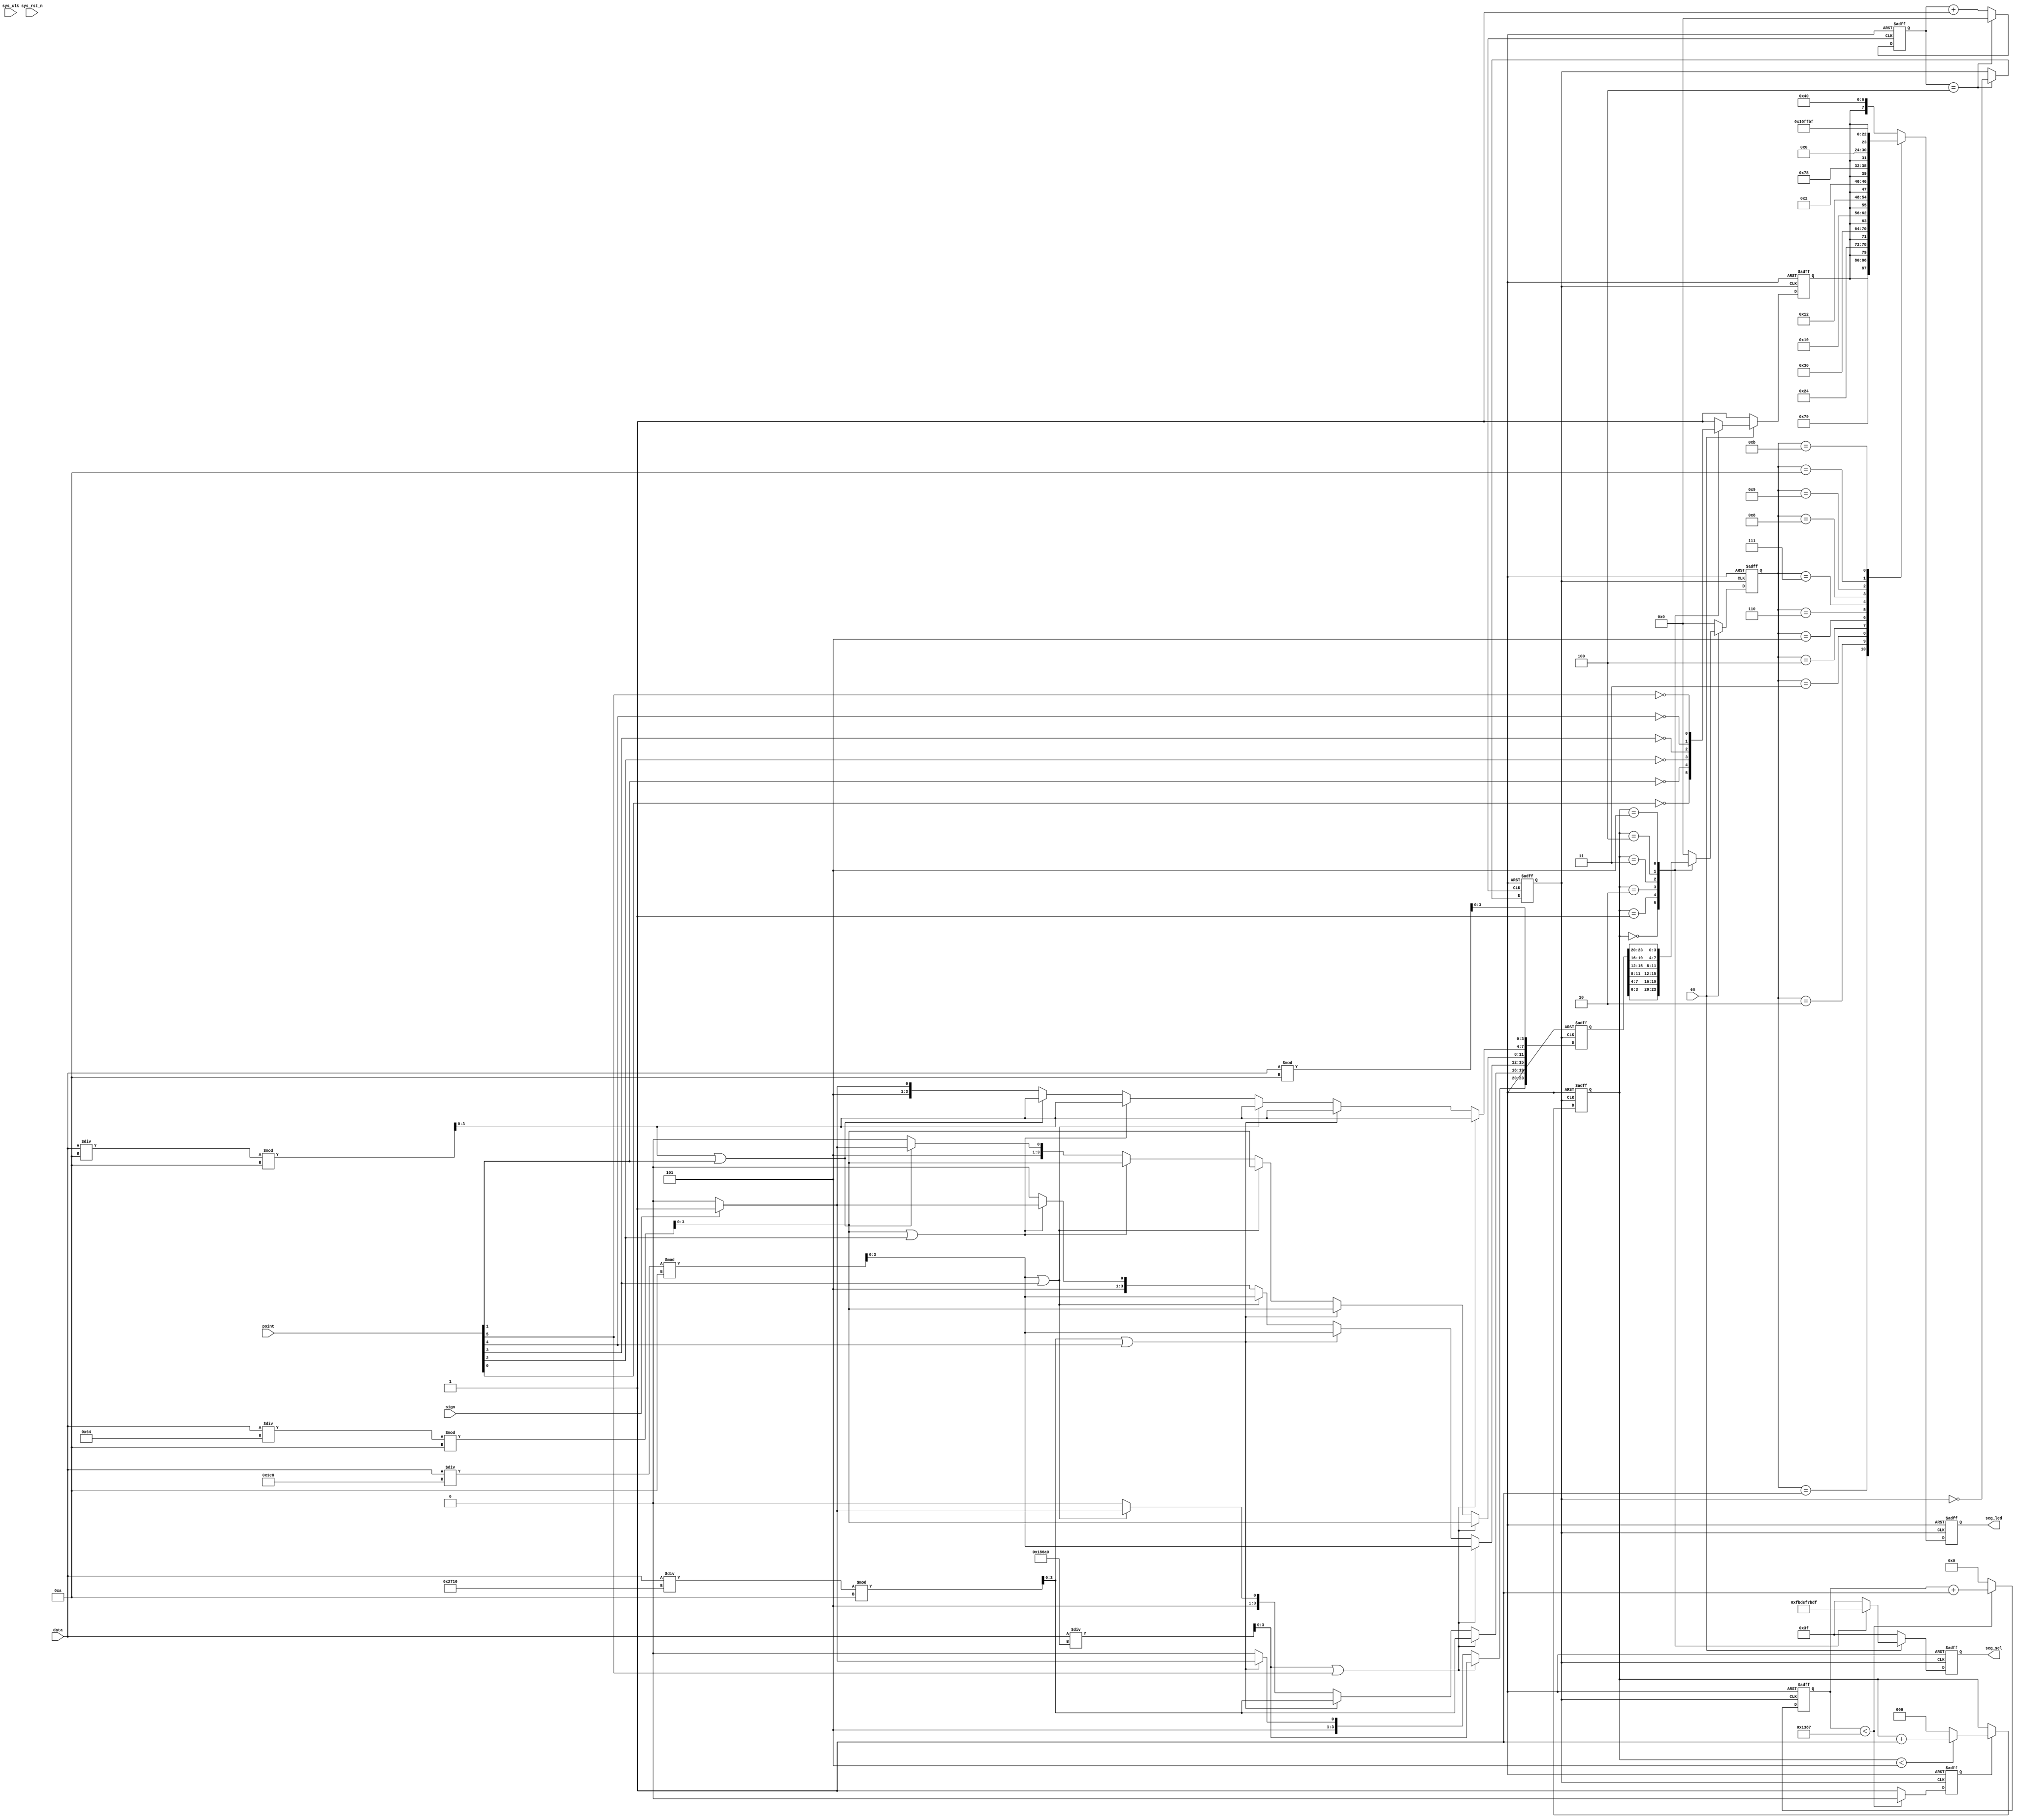
module seg_led_dec(
  input sys_clk,
  input sys_rst_n,
  
  output reg  [5:0]     seg_sel,
  output reg  [7:0]     seg_led,

    input         [19:0]    data   ,        // 6位数码管要显示的数值
    input         [5:0]     point  ,        // 小数点具体显示的位置,从高到低,高电平有效
    input                   en     ,        // 数码管使能信号
    input                   sign           // 符号位（高电平显示“-”号）

    );

//parameter define
localparam  CLK_DIVIDE = 4'd10     ;        // 时钟分频系数
localparam  MAX_NUM    = 13'd5000  ;        // 对数码管驱动时钟(5MHz)计数1ms所需的计数值

//reg define
reg    [ 3:0]             clk_cnt  ;        // 时钟分频计数器
reg                       dri_clk  ;        // 数码管的驱动时钟,5MHz
reg    [23:0]             num      ;        // 24位bcd码寄存器
reg    [12:0]             cnt0     ;        // 数码管驱动时钟计数器
reg                       flag     ;        // 标志信号（标志着cnt0计数达1ms）
reg    [2:0]              cnt_sel  ;        // 数码管位选计数器
reg    [3:0]              num_disp ;        // 当前数码管显示的数据
reg                       dot_disp ;        // 当前数码管显示的小数点

//wire define
wire   [3:0]              data0    ;        // 个位数
wire   [3:0]              data1    ;        // 十位数
wire   [3:0]              data2    ;        // 百位数
wire   [3:0]              data3    ;        // 千位数
wire   [3:0]              data4    ;        // 万位数
wire   [3:0]              data5    ;        // 十万位数

//*****************************************************
//**                    main code
//*****************************************************

//提取显示数值所对应的十进制数的各个位
assign  data0 = data % 4'd10;               // 个位数
assign  data1 = data / 4'd10 % 4'd10   ;    // 十位数
assign  data2 = data / 7'd100 % 4'd10  ;    // 百位数
assign  data3 = data / 10'd1000 % 4'd10 ;   // 千位数
assign  data4 = data / 14'd10000 % 4'd10;   // 万位数
assign  data5 = data / 17'd100000;          // 十万位数

//对系统时钟10分频，得到的频率为5MHz的数码管驱动时钟dri_clk
always @(posedge clk or negedge rst_n) begin
   if(!rst_n) begin
       clk_cnt <= 4'd0;
       dri_clk <= 1'b1;
   end
   else if(clk_cnt == CLK_DIVIDE/2 - 1'd1) begin
       clk_cnt <= 4'd0;
       dri_clk <= ~dri_clk;
   end
   else begin
       clk_cnt <= clk_cnt + 1'b1;
       dri_clk <= dri_clk;
   end
end

//将20位2进制数转换为8421bcd码(即使用4位二进制数表示1位十进制数）
always @ (posedge dri_clk or negedge rst_n) begin
    if (!rst_n)
        num <= 24'b0;
    else begin
        if (data5 || point[5]) begin     //如果显示数据为6位十进制数，
            num[23:20] <= data5;         //则依次给6位数码管赋值
            num[19:16] <= data4;
            num[15:12] <= data3;
            num[11:8]  <= data2;
            num[ 7:4]  <= data1;
            num[ 3:0]  <= data0;
        end
        else begin                         
            if (data4 || point[4]) begin //如果显示数据为5位十进制数，则给低5位数码管赋值
                num[19:0] <= {data4,data3,data2,data1,data0};
                if(sign)                    
                    num[23:20] <= 4'd11; //如果需要显示负号，则最高位（第6位）为符号位
                else
                    num[23:20] <= 4'd10; //不需要显示负号时，则第6位不显示任何字符
            end
            else begin                   //如果显示数据为4位十进制数，则给低4位数码管赋值
                if (data3 || point[3]) begin
                    num[15: 0] <= {data3,data2,data1,data0};
                    num[23:20] <= 4'd10; //第6位不显示任何字符
                    if(sign)             //如果需要显示负号，则最高位（第5位）为符号位
                        num[19:16] <= 4'd11;
                    else                 //不需要显示负号时，则第5位不显示任何字符
                        num[19:16] <= 4'd10;
                end
                else begin               //如果显示数据为3位十进制数，则给低3位数码管赋值
                    if (data2 || point[2]) begin
                        num[11: 0] <= {data2,data1,data0};
                                         //第6、5位不显示任何字符
                        num[23:16] <= {2{4'd10}};
                        if(sign)         //如果需要显示负号，则最高位（第4位）为符号位
                            num[15:12] <= 4'd11;
                        else             //不需要显示负号时，则第4位不显示任何字符
                            num[15:12] <= 4'd10;
                    end
                    else begin           //如果显示数据为2位十进制数，则给低2位数码管赋值
                        if (data1 || point[1]) begin
                            num[ 7: 0] <= {data1,data0};
                                         //第6、5、4位不显示任何字符
                            num[23:12] <= {3{4'd10}};
                            if(sign)     //如果需要显示负号，则最高位（第3位）为符号位
                                num[11:8]  <= 4'd11;
                            else         //不需要显示负号时，则第3位不显示任何字符
                                num[11:8] <=  4'd10;
                        end
                        else begin       //如果显示数据为1位十进制数，则给最低位数码管赋值
                            num[3:0] <= data0;
                                         //第6、5位不显示任何字符
                            num[23:8] <= {4{4'd10}};
                            if(sign)     //如果需要显示负号，则最高位（第2位）为符号位
                                num[7:4] <= 4'd11;
                            else         //不需要显示负号时，则第2位不显示任何字符
                                num[7:4] <= 4'd10;
                        end
                    end
                end
            end
        end
    end
end

//每当计数器对数码管驱动时钟计数时间达1ms，输出一个时钟周期的脉冲信号
always @ (posedge dri_clk or negedge rst_n) begin
    if (rst_n == 1'b0) begin
        cnt0 <= 13'b0;
        flag <= 1'b0;
     end
    else if (cnt0 < MAX_NUM - 1'b1) begin
        cnt0 <= cnt0 + 1'b1;
        flag <= 1'b0;
     end
    else begin
        cnt0 <= 13'b0;
        flag <= 1'b1;
     end
end

//cnt_sel从0计数到5，用于选择当前处于显示状态的数码管
always @ (posedge dri_clk or negedge rst_n) begin
    if (rst_n == 1'b0)
        cnt_sel <= 3'b0;
    else if(flag) begin
        if(cnt_sel < 3'd5)
            cnt_sel <= cnt_sel + 1'b1;
        else
            cnt_sel <= 3'b0;
    end
    else
        cnt_sel <= cnt_sel;
end

//控制数码管位选信号，使6位数码管轮流显示
always @ (posedge dri_clk or negedge rst_n) begin
    if(!rst_n) begin
        seg_sel  <= 6'b111111;              //位选信号低电平有效
        num_disp <= 4'b0;           
        dot_disp <= 1'b1;                   //共阳极数码管，低电平导通
    end
    else begin
        if(en) begin
            case (cnt_sel)
                3'd0 :begin
                    seg_sel  <= 6'b111110;  //显示数码管最低位
                    num_disp <= num[3:0] ;  //显示的数据
                    dot_disp <= ~point[0];  //显示的小数点
                end
                3'd1 :begin
                    seg_sel  <= 6'b111101;  //显示数码管第1位
                    num_disp <= num[7:4] ;
                    dot_disp <= ~point[1];
                end
                3'd2 :begin
                    seg_sel  <= 6'b111011;  //显示数码管第2位
                    num_disp <= num[11:8];
                    dot_disp <= ~point[2];
                end
                3'd3 :begin
                    seg_sel  <= 6'b110111;  //显示数码管第3位
                    num_disp <= num[15:12];
                    dot_disp <= ~point[3];
                end
                3'd4 :begin
                    seg_sel  <= 6'b101111;  //显示数码管第4位
                    num_disp <= num[19:16];
                    dot_disp <= ~point[4];
                end
                3'd5 :begin
                    seg_sel  <= 6'b011111;  //显示数码管最高位
                    num_disp <= num[23:20];
                    dot_disp <= ~point[5];
                end
                default :begin
                    seg_sel  <= 6'b111111;
                    num_disp <= 4'b0;
                    dot_disp <= 1'b1;
                end
            endcase
        end
        else begin
            seg_sel  <= 6'b111111;          //使能信号为0时，所有数码管均不显示
            num_disp <= 4'b0;
            dot_disp <= 1'b1;
        end
    end
end

//控制数码管段选信号，显示字符
always @ (posedge dri_clk or negedge rst_n) begin
    if (!rst_n)
        seg_led <= 8'hc0;
    else begin
        case (num_disp)
            4'd0 : seg_led <= {dot_disp,7'b1000000}; //显示数字 0
            4'd1 : seg_led <= {dot_disp,7'b1111001}; //显示数字 1
            4'd2 : seg_led <= {dot_disp,7'b0100100}; //显示数字 2
            4'd3 : seg_led <= {dot_disp,7'b0110000}; //显示数字 3
            4'd4 : seg_led <= {dot_disp,7'b0011001}; //显示数字 4
            4'd5 : seg_led <= {dot_disp,7'b0010010}; //显示数字 5
            4'd6 : seg_led <= {dot_disp,7'b0000010}; //显示数字 6
            4'd7 : seg_led <= {dot_disp,7'b1111000}; //显示数字 7
            4'd8 : seg_led <= {dot_disp,7'b0000000}; //显示数字 8
            4'd9 : seg_led <= {dot_disp,7'b0010000}; //显示数字 9
            4'd10: seg_led <= 8'b11111111;           //不显示任何字符
            4'd11: seg_led <= 8'b10111111;           //显示负号(-)
            default: 
                   seg_led <= {dot_disp,7'b1000000};
        endcase
    end
end

endmodule